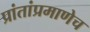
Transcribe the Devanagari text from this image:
प्रांतांप्रमाणेच